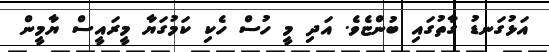
އަޅުގަނޑު ގާތުގައި ބުންޏެވެ. އަދި މީ ހުސް ހެކި ކަމުގަޔާ މީރައީސް ޔާމީން